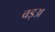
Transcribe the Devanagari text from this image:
वड़अ